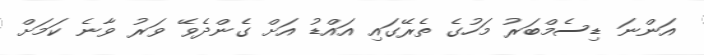
އަންނަ ޑިސެމްބަރު މަހުގެ ތެރޭގައި އައްޑު އަށް ގެންދެވޭ ވަރު ވާނެ ކަމަށް